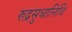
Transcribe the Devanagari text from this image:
रुद्रसुधानिधि